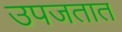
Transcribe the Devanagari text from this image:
उपजतात